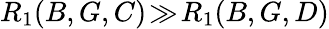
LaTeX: R_{1}(B,G,C)\! \gg\! R_{1}(B,G,D)